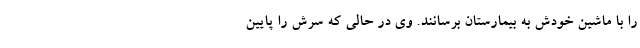
را با ماشین خودش به بیمارستان برسانند. وی در حالی که سرش را پایین